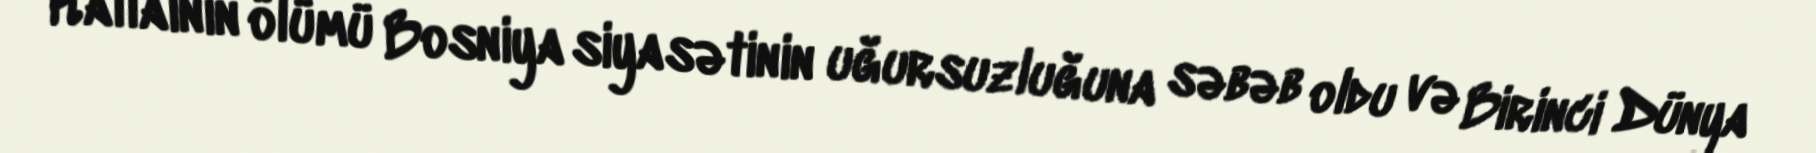
Kallainin ölümü Bosniya siyasətinin uğursuzluğuna səbəb oldu və Birinci Dünya